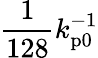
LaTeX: \frac{1}{128}k_{\mathrm{p0}}^{-1}